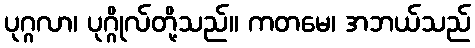
ပုဂ္ဂလာ၊ ပုဂ္ဂိုလ်တို့သည်။ ကတမေ၊ အဘယ်သည်